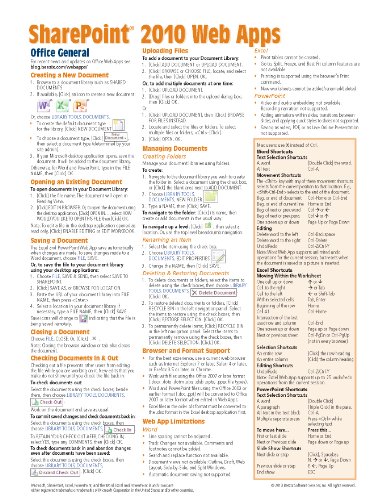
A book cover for Microsoft SharePoint 2010 Web Apps Quick Reference Guide (Cheat Sheet of Instructions, Tips & Shortcuts - Laminated Card); Beezix Inc.; Computers & Technology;